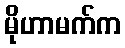
မိုဟာမက်က